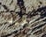
أستريد